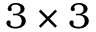
3 \times 3